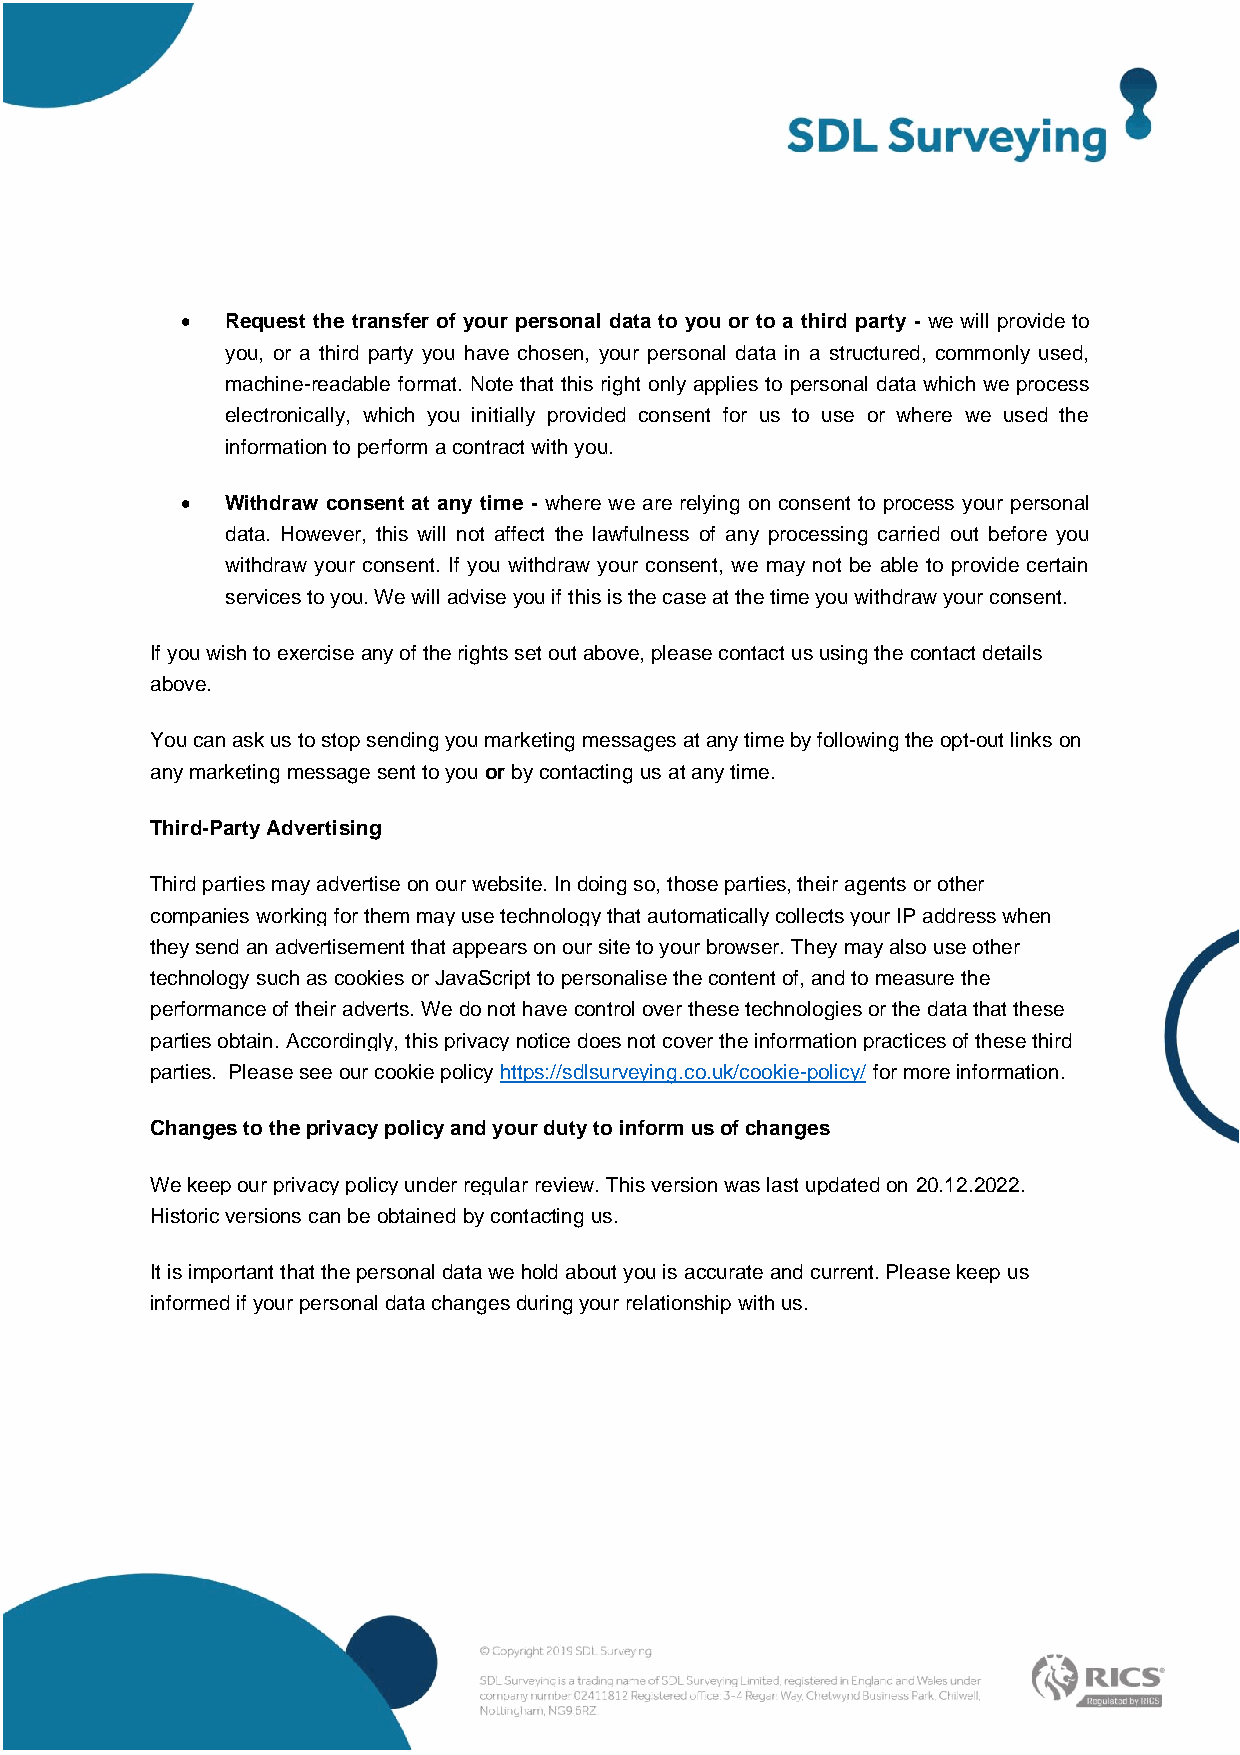
•  Request the transfer of your personal data to you or to a third party - we will provide to
 you, or a third party you have chosen, your personal data in a structured, commonly used,
 machine-readable format. Note that this right only applies to personal data which we process
 electronically, which you initially provided consent for us to use or where we used the
 information to perform a contract with you.
 •  Withdraw consent at any time - where we are relying on consent to process your personal
 data. However, this will not affect the lawfulness of any processing carried out before you
 withdraw your consent. If you withdraw your consent, we may not be able to provide certain
 services to you. We will advise you if this is the case at the time you withdraw your consent.
 If you wish to exercise any of the rights set out above, please contact us using the contact details
 above.
 You can ask us to stop sending you marketing messages at any time by following the opt-out links on
 any marketing message sent to you or by contacting us at any time.
 Third-Party Advertising
 Third parties may advertise on our website. In doing so, those parties, their agents or other
 companies working for them may use technology that automatically collects your IP address when
 they send an advertisement that appears on our site to your browser. They may also use other
 technology such as cookies or JavaScript to personalise the content of, and to measure the
 performance of their adverts. We do not have control over these technologies or the data that these
 parties obtain. Accordingly, this privacy notice does not cover the information practices of these third
 parties. Please see our cookie policy https://sdlsurveying.co.uk/cookie-policy/ for more information.
 Changes to the privacy policy and your duty to inform us of changes
 We keep our privacy policy under regular review. This version was last updated on 20.12.2022.
 Historic versions can be obtained by contacting us.
 It is important that the personal data we hold about you is accurate and current. Please keep us
 informed if your personal data changes during your relationship with us.